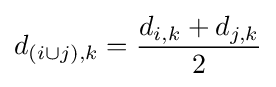
d_{(i\cup j),k}={\frac {d_{i,k}+d_{j,k}}{2}}